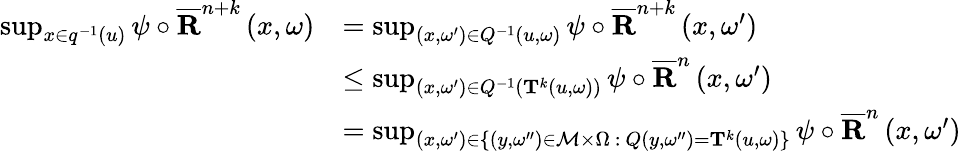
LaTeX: \begin{array}{rl}{\operatorname*{sup}_{x\in q^{-1}\left(u\right)}\psi\circ\overline{{\mathbf{R}}}^{n+k}\left(x,\omega\right)}&{=\operatorname*{sup}_{\left(x,\omega^{\prime}\right)\in Q^{-1}\left(u,\omega\right)}\psi\circ\overline{{\mathbf{R}}}^{n+k}\left(x,\omega^{\prime}\right)}\\ &{\leq\operatorname*{sup}_{\left(x,\omega^{\prime}\right)\in Q^{-1}\left(\mathbf{T}^{k}\left(u,\omega\right)\right)}\psi\circ\overline{{\mathbf{R}}}^{n}\left(x,\omega^{\prime}\right)}\\ &{=\operatorname*{sup}_{\left(x,\omega^{\prime}\right)\in\left\{ \left(y,\omega^{\prime\prime}\right)\in\mathcal{M}\times\Omega\ :\ Q\left(y,\omega^{\prime\prime}\right)=\mathbf{T}^{k}\left(u,\omega\right)\right\} }\psi\circ\overline{{\mathbf{R}}}^{n}\left(x,\omega^{\prime}\right)}\end{array}